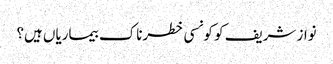
نواز شریف کو کونسی خطرناک بیماریاں ہیں؟